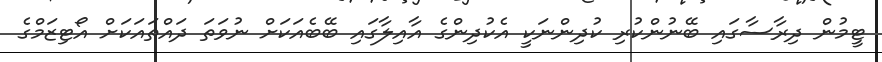
ޓީމުން ދިރާސާގައި ބޭނުންކުރި ކުދިންނަކީ އެކުދިންގެ އާއިލާގައި ބޭބެއަކަށް ނުވަތަ ދައްތައަކަށް އޯޓިޒަމްގެ